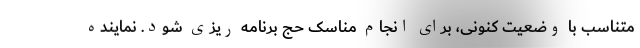
متناسب با وضعیت کنونی، برای انجام مناسک حج برنامه ریزی شود. نماینده